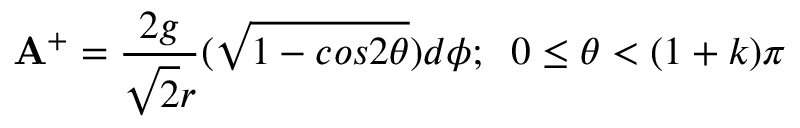
{ \bf A } ^ { + } = \frac { 2 g } { { \sqrt { 2 } } r } ( \sqrt { 1 - c o s 2 { \theta } } ) d { \phi } ; \; \; 0 \leq { \theta } < ( 1 + k ) { \pi }